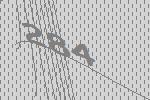
284